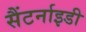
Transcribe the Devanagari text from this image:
सैंटर्नाइडी